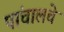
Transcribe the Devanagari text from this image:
पांचालचे